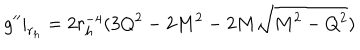
LaTeX: g ^ { \prime \prime } | _ { r _ { h } } = 2 r _ { h } ^ { - 4 } ( 3 Q ^ { 2 } - 2 M ^ { 2 } - 2 M \sqrt { M ^ { 2 } - Q ^ { 2 } } )